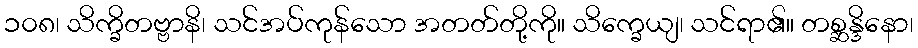
၁၀၈၊ သိက္ခိတဗ္ဗာနိ၊ သင်အပ်ကုန်သော အတတ်တို့ကို။ သိက္ခေယျ၊ သင်ရာ၏။ တစ္ဆန္ဒိနော၊